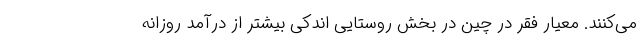
می‌کنند. معیار فقر در چین در بخش روستایی اندکی بیشتر از درآمد روزانه